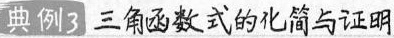
典例 3 三角函数式的化简与证明